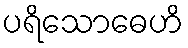
ပရိသောဓေဟိ